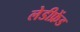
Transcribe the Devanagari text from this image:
लेडीफ्रेंड